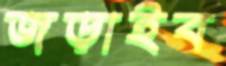
জড়াইব